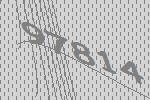
97814